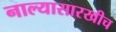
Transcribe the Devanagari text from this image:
नाल्यासारखीच